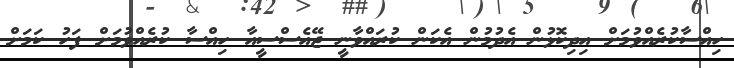
ހިއްސާކުރެއްވުމަށް އިދިކޮޅުން އެދުމުން އެކަން ކުރައްވާނީ ޖޭއެސްސީއާ ހިއްސާ ކުރެއްވުމަށް ފަހު ކަމަށް